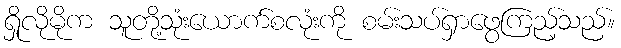
ရှိုလိုမိုက သူတို့သုံးယောက်စလုံးကို စမ်းသပ်ရှာဖွေကြည့်သည်။